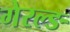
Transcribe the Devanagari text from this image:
गेरल्ङ